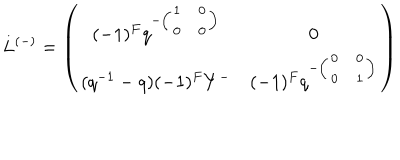
LaTeX: L ^ { ( - ) } = \left( \begin{array} { c c } { { ( - 1 ) ^ { F } q ^ { - \left( \begin{array} { c c } { { 1 } } & { { 0 } } \\ { { 0 } } & { { 0 } } \\ \end{array} \right) } } } & { { 0 } } \\ { { ( q ^ { - 1 } - q ) ( - 1 ) ^ { F } Y ^ { - } } } & { { ( - 1 ) ^ { F } q ^ { - \left( \begin{array} { c c } { { 0 } } & { { 0 } } \\ { { 0 } } & { { 1 } } \\ \end{array} \right) } } } \\ \end{array} \right)